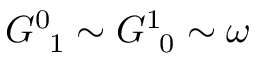
G _ { \, \, \, 1 } ^ { 0 } \sim G _ { \, \, \, 0 } ^ { 1 } \sim \omega